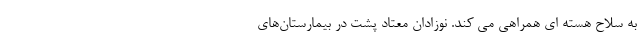
به سلاح هسته ‌ای همراهی می‌ کند. نوزادانِ معتاد پشت در بیمارستان‌های